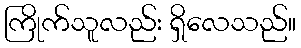
ကြိုက်သူလည်း ရှိလေသည်။